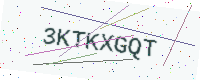
Text: 3KTKXGQT